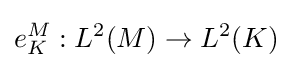
e_{K}^{M}:L^{2}(M)\to L^{2}(K)